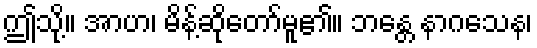
ဤသို့။ အာဟ၊ မိန့်ဆိုတော်မူ၏။ ဘန္တေ နာဂသေန၊